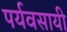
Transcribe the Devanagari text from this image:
पर्यवसायी